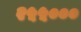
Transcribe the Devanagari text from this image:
२५५०००